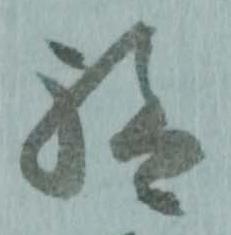
給